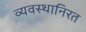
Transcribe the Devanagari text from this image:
व्यवस्थानिरत